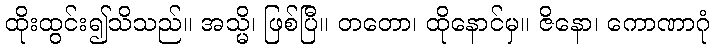
ထိုးထွင်း၍သိသည်။ အသ္မိ၊ ဖြစ်ပြီ။ တတော၊ ထိုနောင်မှ။ ဇိနော၊ ကောဏာဂုံ